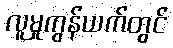
လူမှုကွန်ယက်တွင်